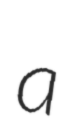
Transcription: a